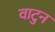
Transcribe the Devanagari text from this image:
वाटुन